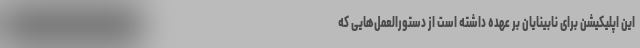
این اپلیکیشن برای نابینایان بر عهده داشته است از دستورالعمل‌هایی که